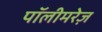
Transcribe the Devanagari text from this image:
पॉलीमरेज़